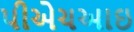
પીએચઆઇ